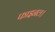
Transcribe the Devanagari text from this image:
फाइनल।